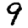
Digit: 9